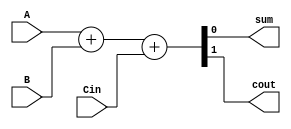
module Fulladder1bit(sum,cout,A,B,Cin);

input A,B,Cin;
output sum,cout;

assign {cout,sum}=A+B+Cin;

endmodule


module adder32bit(result,carry,r1,r2,ci);

input [31:0] r1;

input [31:0] r2;
input ci;
output carry;
output [31:0] result;

Fulladder1bit adder0(result[0],c1,r1[0],r2[0],ci);
Fulladder1bit adder1(result[1],c2,r1[1],r2[1],c1);
Fulladder1bit adder2(result[2],c3,r1[2],r2[2],c2);
Fulladder1bit adder3(result[3],c4,r1[3],r2[3],c3);
Fulladder1bit adder4(result[4],c5,r1[4],r2[4],c4);
Fulladder1bit adder5(result[5],c6,r1[5],r2[5],c5);
Fulladder1bit adder6(result[6],c7,r1[6],r2[6],c6);
Fulladder1bit adder7(result[7],c8,r1[7],r2[7],c7);
Fulladder1bit adder8(result[8],c9,r1[8],r2[8],c8);
Fulladder1bit adder9(result[9],c10,r1[9],r2[9],c9);
Fulladder1bit adder10(result[10],c11,r1[10],r2[10],c10);
Fulladder1bit adder11(result[11],c12,r1[11],r2[11],c11);
Fulladder1bit adder12(result[12],c13,r1[12],r2[12],c12);
Fulladder1bit adder13(result[13],c14,r1[13],r2[13],c13);
Fulladder1bit adder14(result[14],c15,r1[14],r2[14],c14);
Fulladder1bit adder15(result[15],c16,r1[15],r2[15],c15);
Fulladder1bit adder16(result[16],c17,r1[16],r2[16],c16);
Fulladder1bit adder17(result[17],c18,r1[17],r2[17],c17);
Fulladder1bit adder18(result[18],c19,r1[18],r2[18],c18);
Fulladder1bit adder19(result[19],c20,r1[19],r2[19],c19);
Fulladder1bit adder20(result[20],c21,r1[20],r2[20],c20);
Fulladder1bit adder21(result[21],c22,r1[21],r2[21],c21);
Fulladder1bit adder22(result[22],c23,r1[22],r2[22],c22);
Fulladder1bit adder23(result[23],c24,r1[23],r2[23],c23);
Fulladder1bit adder24(result[24],c25,r1[24],r2[24],c24);
Fulladder1bit adder25(result[25],c26,r1[25],r2[25],c25);
Fulladder1bit adder26(result[26],c27,r1[26],r2[26],c26);
Fulladder1bit adder27(result[27],c28,r1[27],r2[27],c27);
Fulladder1bit adder28(result[28],c29,r1[28],r2[28],c28);
Fulladder1bit adder29(result[29],c30,r1[29],r2[29],c20);
Fulladder1bit adder30(result[30],c31,r1[30],r2[30],c30);
Fulladder1bit adder31(result[31],carry,r1[31],r2[31],c31);

endmodule